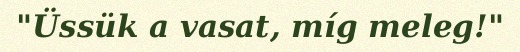
"Üssük a vasat, míg meleg!"